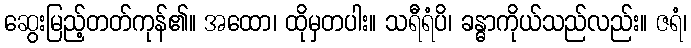
ဆွေးမြည့်တတ်ကုန်၏။ အထော၊ ထိုမှတပါး။ သရီရံပိ၊ ခန္ဓာကိုယ်သည်လည်း။ ဇရံ၊